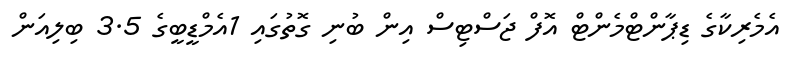
އެމެރިކާގެ ޑިޕާންޓްމެންޓް އޮފް ޖަސްޓިސް އިން ބުނި ގޮތުގައި 1އެމްޑީބީގެ 3.5 ބިލިއަން